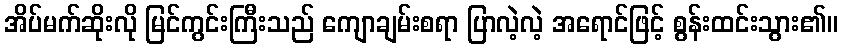
အိပ်မက်ဆိုးလို မြင်ကွင်းကြီးသည် ကျောချမ်းစရာ ပြာလဲ့လဲ့ အရောင်ဖြင့် စွန်းထင်းသွား၏။